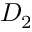
D _ { 2 }